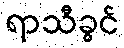
ရာသီခွင်